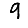
Digit: 9